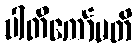
ပါတီကော်မတီ